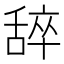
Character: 𬜈